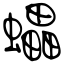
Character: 蠝